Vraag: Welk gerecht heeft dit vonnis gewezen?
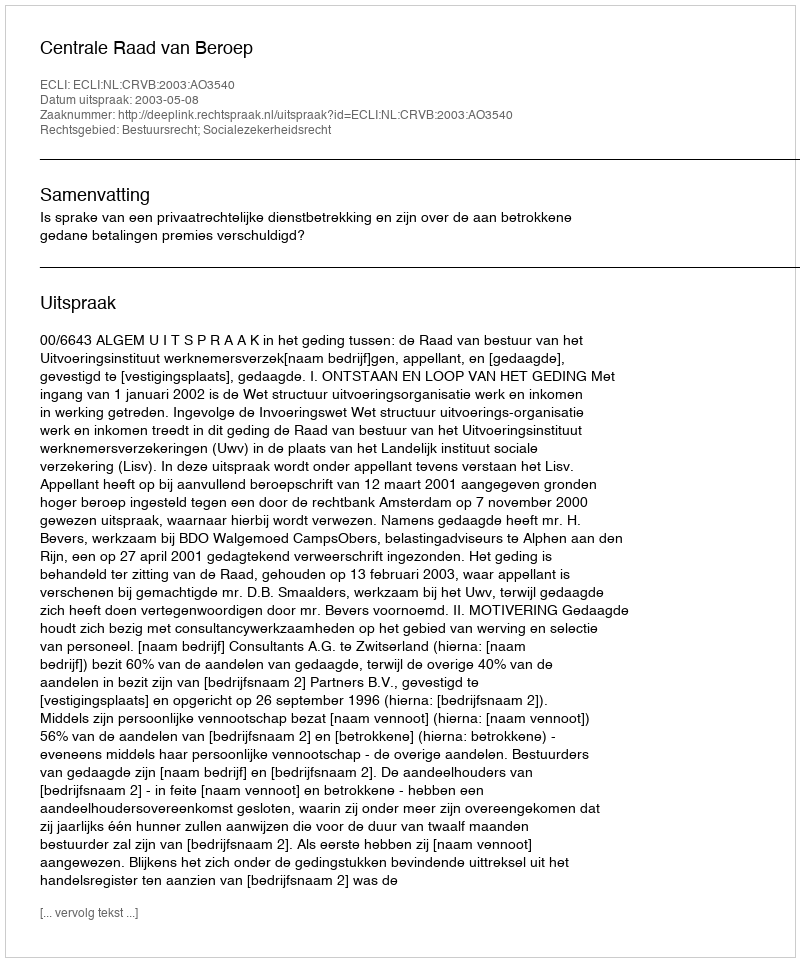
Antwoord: Centrale Raad van Beroep